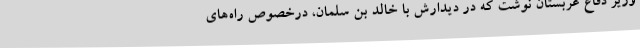
وزیر دفاع عربستان نوشت که در دیدارش با خالد بن سلمان، درخصوص راه‌های